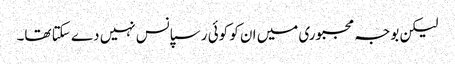
لیکن بوجہ مجبوری میں ان کو کوئی رسپانس نہیں دے سکتا تھا۔